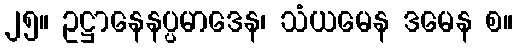
၂၅။ ဥဋ္ဌာနေနပ္ပမာဒေန၊ သံယမေန ဒမေန စ။